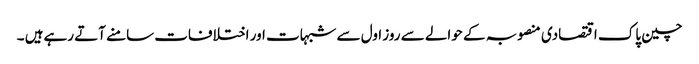
چین پاک اقتصادی منصوبہ کے حوالے سے روز اول سے شبہات اور اختلافات سامنے آتے رہےہیں ۔